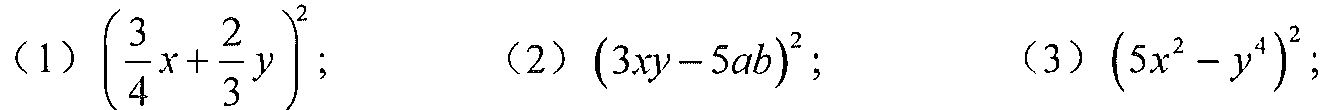
（1）\(\left(\dfrac{3}{4}x + \dfrac{2}{3}y\right)^{2}\); （2）\((3xy - 5ab)^{2}\); （3）\(\left(5x^{2}-y^{4}\right)^{2}\);